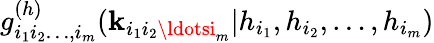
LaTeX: g_{i_{1}i_{2}\ldots,i_{m}}^{(h)}(\mathbf{k}_{i_{1}i_{2}\ldotsi_{m}}|h_{i_{1}},h_{i_{2}},\ldots,h_{i_{m}})